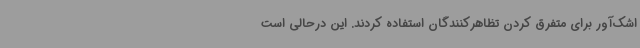
اشک‌آور برای متفرق کردن تظاهرکنندگان استفاده کردند. این درحالی است